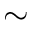
\sim